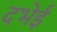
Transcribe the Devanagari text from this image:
दभेई